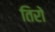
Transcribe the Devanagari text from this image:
तिरो